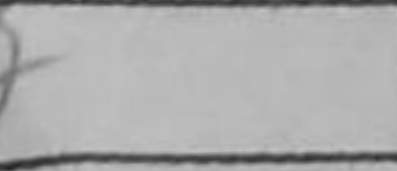
Transcription: Kh2